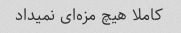
کاملا هیچ مزه‌ای نمیداد